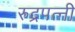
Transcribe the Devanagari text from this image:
रुद्रपत्नी